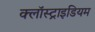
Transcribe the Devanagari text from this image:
क्लॉस्ट्राइडियम